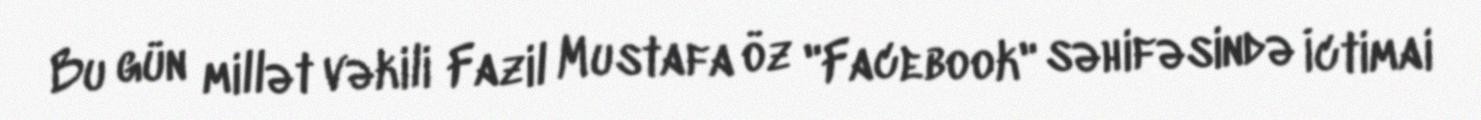
Bu gün millət vəkili Fazil Mustafa öz "Facebook" səhifəsində İctimai